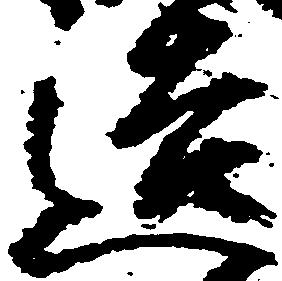
造